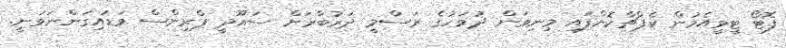
ފޮޓޯ ޓީވީއެމުން ކެޕްޗާކޮށްފައި މިނިވަން ދުވަހުގެ ރަސްމީ ދަރުބާރަށް ސައޫދީ ޕްރިންސް ވަޑައިގަންނަވަނީ.